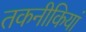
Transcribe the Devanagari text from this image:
तकनीकियां